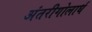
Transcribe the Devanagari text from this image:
अंतरीगोलार्ध